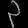
Digit: ၃